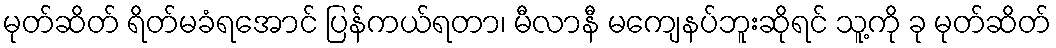
မုတ်ဆိတ် ရိတ်မခံရအောင် ပြန်ကယ်ရတာ၊ မီလာနီ မကျေနပ်ဘူးဆိုရင် သူ့ကို ခု မုတ်ဆိတ်